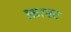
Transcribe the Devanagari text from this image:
फ्रास्ट